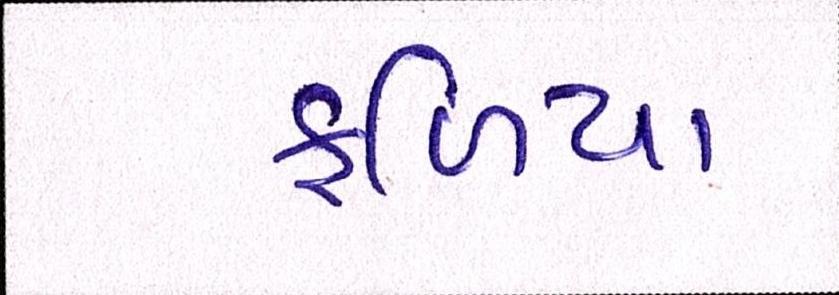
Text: ફળિયા